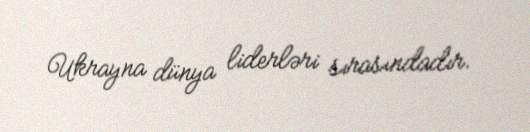
Ukrayna dünya liderləri sırasındadır.